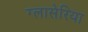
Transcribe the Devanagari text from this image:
ग्लासेरिया